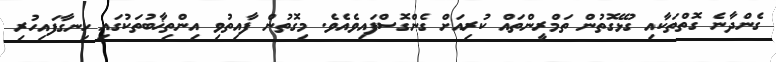
ގެންދާނެ ގޮތްތަކާއި ގުޅޭގޮތުން ތަމްރީންތައް ކުރިއަށް ގެންގޮސްފައިވެއެވެ. މިގޮތުން ފާއިތުވި އިންތިޚާބުތަކުގައި ހިނގާފައިހުރި